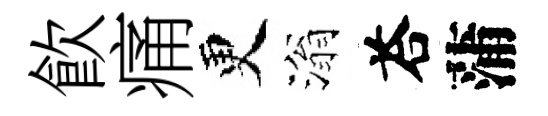
飲痛更滃荅蒲